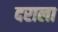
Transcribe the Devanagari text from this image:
दराला